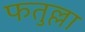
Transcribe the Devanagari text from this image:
फतुल्ला